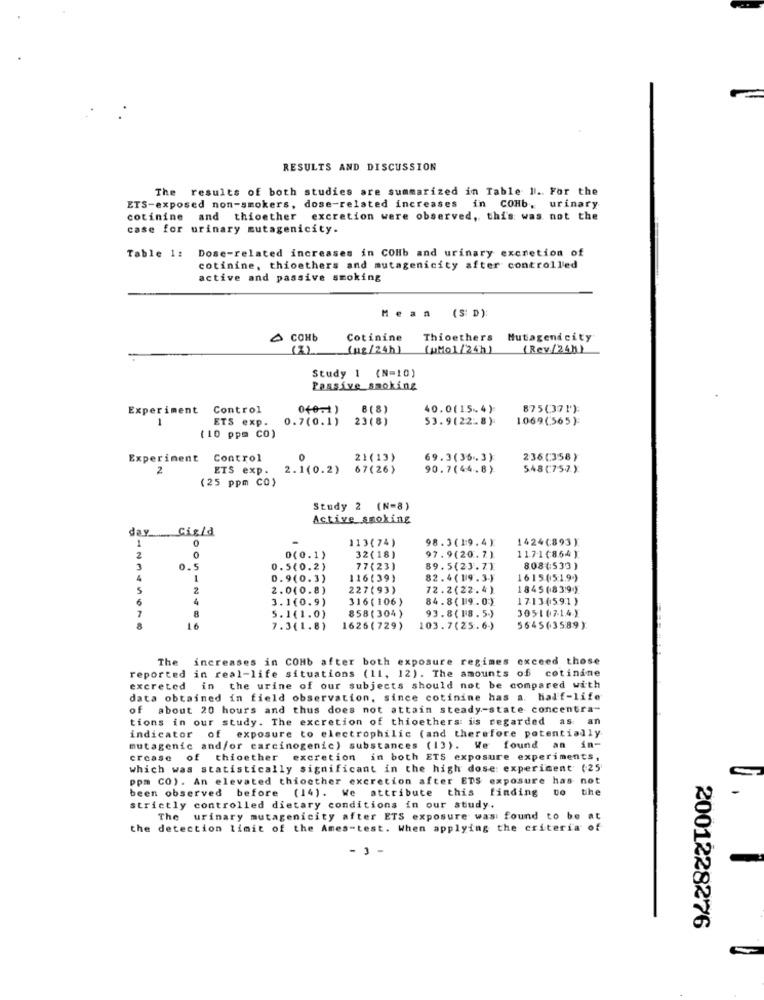
RESULTS AND DISCUSSION
The results of both studies are summarized in Table 1 .. For the
ETS-exposed non-smokers, dose-related increases in COHb, urinary
cotinine and thioether excretion were observed, this was not the
case for urinary mutagenicity.
Dose-related increases in COHb and urinary excretion of
Table 1:
cotinine, thioethers and mutagenicity after controlled
active and passive smoking
Hean (SD)
COHb
Cotinine
Thioethers Mutagendcity
(%)
(ug /24h)
(Mo1/24h)
(Rev/24h)
Study 1 (N=10)
Passive smoking
Experiment
Control
0+0.1)
8(8)
40.0(15.4)
875(371):
-
ETS exp. 0.7(0.1)
23(8)
53.9(22-8)
1069.(565):
(10 ppm CO)
Experiment
Control
0
21(13)
69.3(36.3):
236(358)
2
ETS exp .
2.1(0.2)
67(26)
90.7(44.8)
548(757)
(25 ppm CO)
Study 2 (N=8)
Active smoking
day
Cigla
1
113(74)
98.3(19.4)
1424(893)
117-1(864)
2
0(0.1)
32(18)
97.9(20.7)
3
0.5
0.5(0.2)
77(23)
89.5(23.7)
808(533)
1
0.9(0.3)
116(39)
82.4(19.3-)
1615(519 )
2
2.0(0.8)
227(93)
72.2(22.4)
1845 (839)
4
3. 1(0.9)
316 ( 106 )
84.8(19.0}
1713(591)
7
8
858(304)
93.8(18.5.)
3051071.4)
5.1(1.0)
16
7.3(1.8)
1626(729)
103.7(25.6-)
5645(3589)
The increases in COHb after both exposure regimes exceed those
reported in real-life situations (11, 12). The amounts of cotinine
excreted in the urine of our subjects should not be compared with
data obtained in field observation, since cotinine has a. half-life
of about 20 hours and thus does not attain steady-state concentra-
tions in our study. The excretion of thioethers is regarded as an
indicator of exposure to electrophilic (and therefore potentially
mutagenic and/or carcinogenic) substances (13). We found an in-
ercase of thioether excretion in both ETS exposure experiments,
which was statistically significant in the high dose: experiment (25'
ppm CO). An elevated thiocther excretion after ETS exposure has not
been observed before (14). We attribute this finding to t
strictly controlled dietary conditions in our study.
The urinary mutagenicity after ETS exposure was found to be at
the detection limit of the Ames-test. When applying the criteria of
- 3 -
2001228276